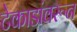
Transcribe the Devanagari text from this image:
टेकाडांवरून